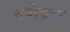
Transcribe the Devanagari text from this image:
तपोभ्रष्ट